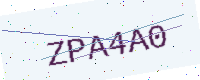
Text: ZPA4A0